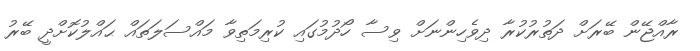
ރާއްޖޭން ބޭރަށް ދަތުރުކުރާ ދިވެހިންނަށް ވިސާ ހޯދުމުގައި ކުރިމަތިވާ މައްސަލަތައް ޙައްލުކޮށްދީ ބޭރު